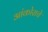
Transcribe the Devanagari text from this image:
आंकोराचे